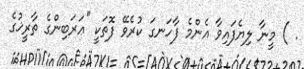
. ) މީނާ ލިޔެފައިވާ އެންމެ ފާހަނގަ ކުރެވޭ ފޮތަކީ ''ޢަރަބިންގެ ތާރީޚުގެ